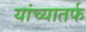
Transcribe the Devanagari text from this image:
यांच्यातर्फ